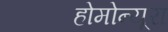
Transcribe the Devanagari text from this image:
होमोन्यूरा